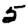
Digit: 5